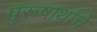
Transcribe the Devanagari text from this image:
पुरूषार्थाचे